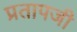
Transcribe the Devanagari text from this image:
प्रतापजी